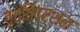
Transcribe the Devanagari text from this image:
वृत्तिदर्शन